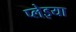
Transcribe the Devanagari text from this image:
प्लेइया